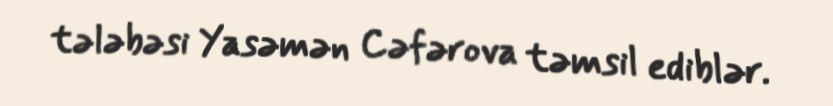
tələbəsi Yasəmən Cəfərova təmsil ediblər.